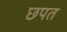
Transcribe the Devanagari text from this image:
छपत